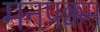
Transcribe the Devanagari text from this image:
मनपक्कम